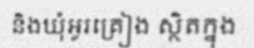
និងឃុំអូរគ្រៀង ស្ថិតក្នុង